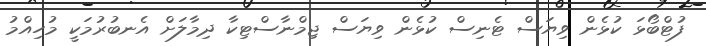
ފުޓްބޯޅަ ކުޅެން ވިޔަސް ޓެނިސް ކުޅެން ވިޔަސް ޖިމްނާސްޓިކާ ދިމާލަށް އެނބުރުމަކީ މުހިއްމު